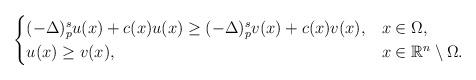
LaTeX: \begin{align*}\begin{cases}(-\Delta)^s_p u(x)+c(x)u(x)\geq (-\Delta)^s_p v(x)+c(x)v(x),&x\in\Omega,\\u(x)\geq v(x),& x\in\mathbb{R}^n\setminus\Omega.\end{cases}\end{align*}